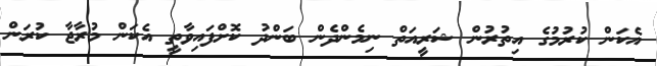
އެކަން ކުރުމުގެ އިތުރުން ޝަރީއަތް ނިމެންދެން ބަންދު ކޮށްފައިވާތީ އެކަން މުރާޖާ ކުރަން